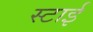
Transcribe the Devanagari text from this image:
स्टाई